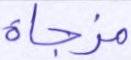
مزجاة